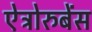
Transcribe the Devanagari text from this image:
ऐट्रोरुबेंस